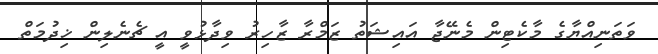
ވަތަނިއްޔާގެ މާކެޓިން މެނޭޖާ އައިޝަތު ޒަމްރާ ޒާހިރު ވިދާޅުވީ އީ ޗެނެލިން ޚިދުމަތް